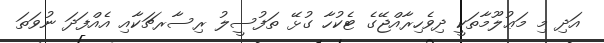
އަދި މި މަޢުލޫމާތަކީ ދިވެހިރާއްޖޭގެ ޓެކުހާ ގުޅޭ ތަފުސީލު ރިސާރޗަކާއި އެއްފަދަ ނުވަތަ